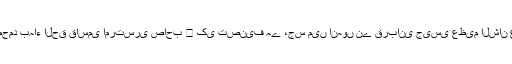
زیر تبصرہ کتاب " رسالہ مسئلہ قربانی اور اس کے انکار کا پس منظر "محترم پیر زادہ محمد بہاء الحق قاسمی امرتسری صاحب ﷫ کی تصنیف ہے ،جس میں انہوں نے قربانی جیسی عظیم الشان عبادت کے انکار کا پس منظر بیان کرتے ہوئے اس کا بڑے اچھے طریقے سے رد کیا ہے۔